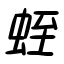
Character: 蛭